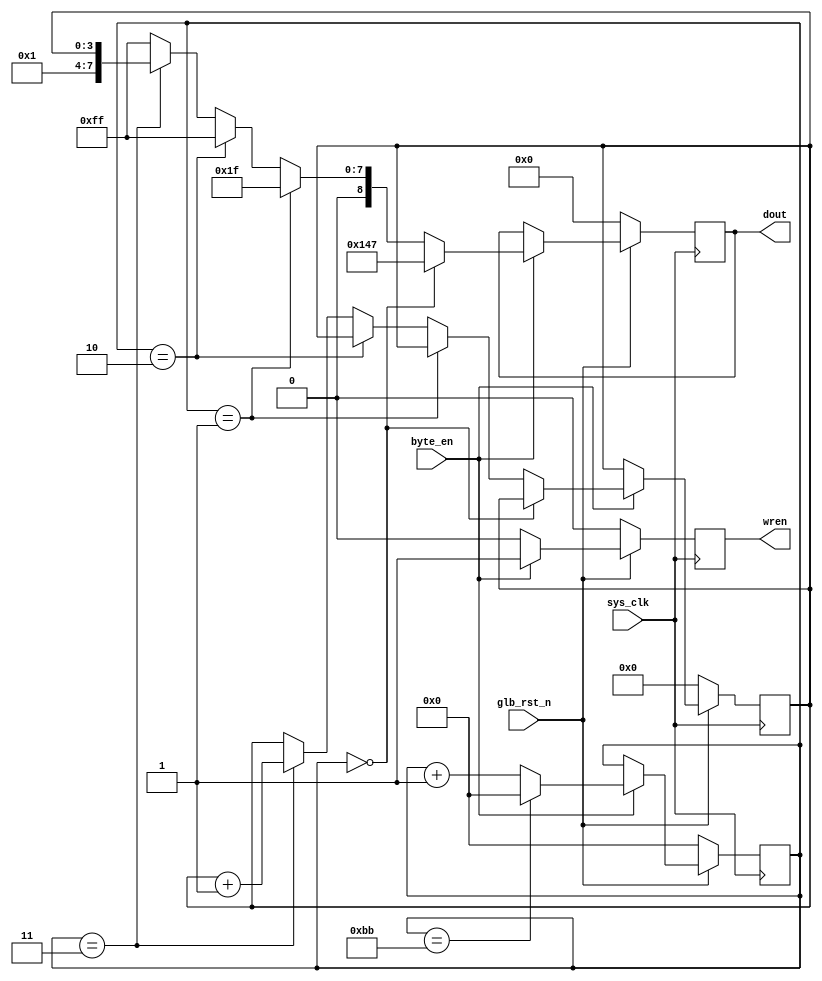
module  create_null
			(
							sys_clk							,
							glb_rst_n						,
							byte_en							,
							dout								,
							wren						
			);
input						sys_clk							;
input						glb_rst_n						;
input						byte_en							;
output[8:0]				dout								;
output					wren								;


reg[8:0]					dout								;
reg						wren								;
reg[7:0]					byte_cnt							;

reg[3:0]					null_idx							;

always@(posedge sys_clk)begin
	if(~glb_rst_n)
		begin
			dout<=9'h000;
			wren<=1'b0;
			byte_cnt<=8'd0;
			null_idx<=4'h0;
		end
	else	if(byte_en)
		begin
			wren<=1'b1;
			if(byte_cnt==8'd187)
				byte_cnt<=8'd0;
			else
				byte_cnt<=byte_cnt+8'd1;
			if(byte_cnt==8'd0)
				begin
					dout<=9'h147;
				end
			else if(byte_cnt==8'd1)
				begin
					dout<=9'h01f;
				end
			else if(byte_cnt==8'd2)
				begin
					dout<=9'h0ff;
				end
			else if(byte_cnt==8'd3)
				begin
					dout<={1'b0,4'h1,null_idx};
					null_idx <= null_idx + 1;
				end
			else 
				begin
					dout<={1'b0,8'hff};
				end
		
		end
	else	
		begin
			wren<=1'b0;
			dout<=dout;
		end
end

endmodule